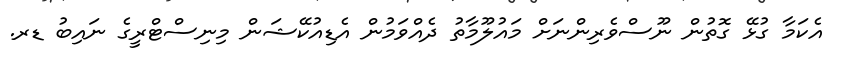
އެކަމާ ގުޅޭ ގޮތުން ނޫސްވެރިންނަށް މައުލޫމާތު ދެއްވަމުން އެޑިއުކޭޝަން މިނިސްޓްރީގެ ނައިބު ޑރ.